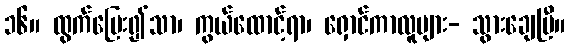
၁၆။ ထွက်ပြေး၍သာ၊ ကွယ်ထောင့်ရာ၊ ရှောင်ကာလူများ- သွားချေပြီ။